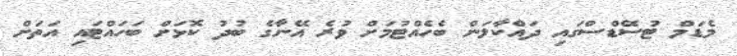
މެޑަމް ޓުސޭޑްސްގައި ދައްކާލަން ބެހެއްޓުމަށް ވުރެ އޭނާގެ ބުދު ކޮޅަށް ބަހައްޓައި އަތަށް